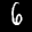
Label: 6